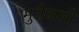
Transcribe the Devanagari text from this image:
भुरीवालो